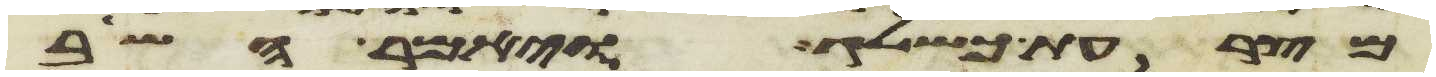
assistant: מצרעת כשלג ויאמר השב